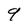
Character: 9